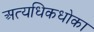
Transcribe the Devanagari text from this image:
अत्यधिकधोका